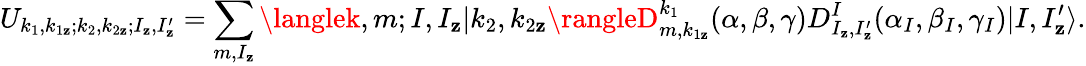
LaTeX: U_{k_{1},k_{1\mathbf{z}};k_{2},k_{2\mathbf{z}};I_{\mathbf{z}},I_{\mathbf{z}}^{\prime}}=\sum_{m,I_{\mathbf{z}}}\langlek,m;I,I_{\mathbf{z}}|k_{2},k_{2\mathbf{z}}\rangleD_{m,k_{1\mathbf{z}}}^{k_{1}}(\alpha,\beta,\gamma)D_{I_{\mathbf{z}},I_{\mathbf{z}}^{\prime}}^{I}(\alpha_{I},\beta_{I},\gamma_{I})|I,I_{\mathbf{z}}^{\prime}\rangle.